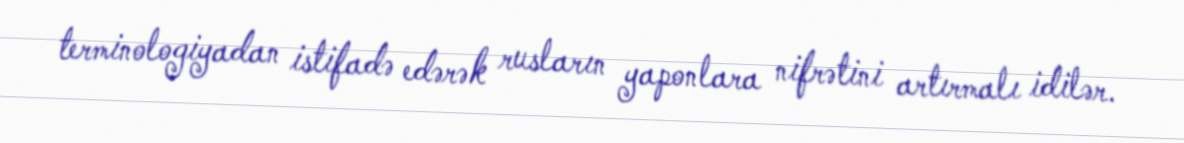
terminologiyadan istifadə edərək rusların yaponlara nifrətini artırmalı idilər.